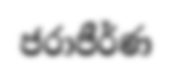
ජරාජීර්ණ